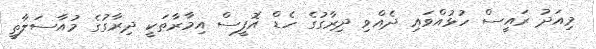
މިއަދު ރައީސް ހުޅުއްވައި ދެއްވި ދިރާގުގެ ހެޑް އޮފީސް އިމާރާތަކީ ދިރާގުގެ މުއާސަލާތީ